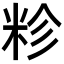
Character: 𮇏